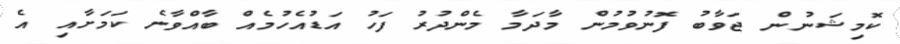
ކޮމިޝަނުން ޖަވާބު ފޮނުވުމުން މާދަމާ މެންދުރު ފަހު އަޑުއެހުމެއް ބާއްވާނެ ކަމަށާއި އެ